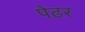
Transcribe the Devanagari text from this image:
पेढर